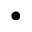
\bullet